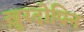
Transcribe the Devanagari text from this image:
ख़ुरदोपिन